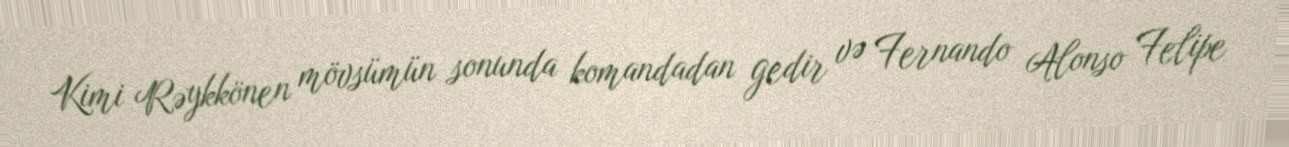
Kimi Rəykkönen mövsümün sonunda komandadan gedir və Fernando Alonso Felipe